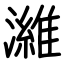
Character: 濰